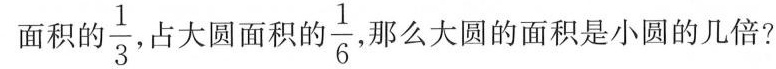
面积的 \frac{1}{3} ，占大圆面积的 \frac{1}{6} ，那么大圆的面积是小圆的几倍?